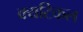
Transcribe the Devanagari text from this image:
क्यटिकल